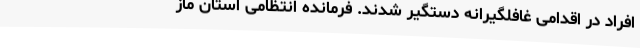
افراد در اقدامی غافلگیرانه دستگیر شدند. فرمانده انتظامی استان ماز